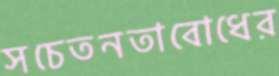
সচেতনতাবোধের